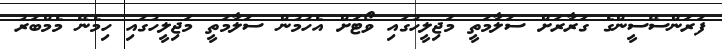
ފަރަންސޭސީންގެ ގަރާރަށް ސަލާމަތީ މަޖިލީހުގައި ވޯޓަށް އެހުމުން ސަލާމަތީ މަޖިލީހުގައި ހިމެނޭ މެމްބަރު